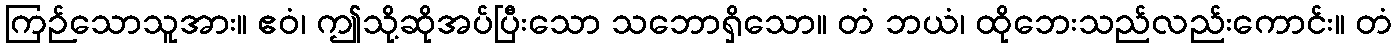
ကြဉ်သောသူအား။ ဧဝံ၊ ဤသို့ဆိုအပ်ပြီးသော သဘောရှိသော။ တံ ဘယံ၊ ထိုဘေးသည်လည်းကောင်း။ တံ